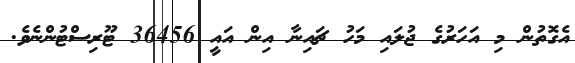
އެގޮތުން މި އަހަރުގެ ޖުލައި މަހު ޗައިނާ އިން އައީ 36456 ޓޫރިސްޓުންނެވެ.